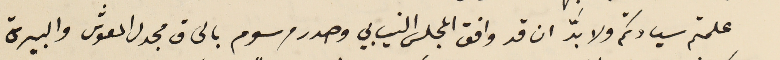
علمتم سيادتكم ولا بدَّ ان قد وافق المجلس النيابي وصدر مرسوم بالحاق مجدل المعوش والبيرة